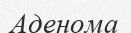
Аденома